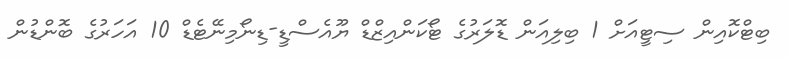
ބިޓްކޮއިން ސިޓީއަށް 1 ބިލިއަން ޑޮލަރުގެ ޓޯކަންއިޒްޑް ޔޫއެސްޑީ-ޑިނޯމިނޭޓެޑް 10 އަހަރުގެ ބޮންޑުން